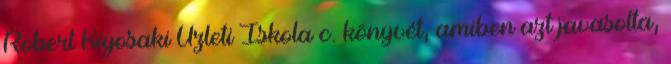
Robert Kiyosaki Üzleti Iskola c. könyvét, amiben azt javasolta,